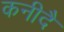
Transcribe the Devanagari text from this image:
कनीदै